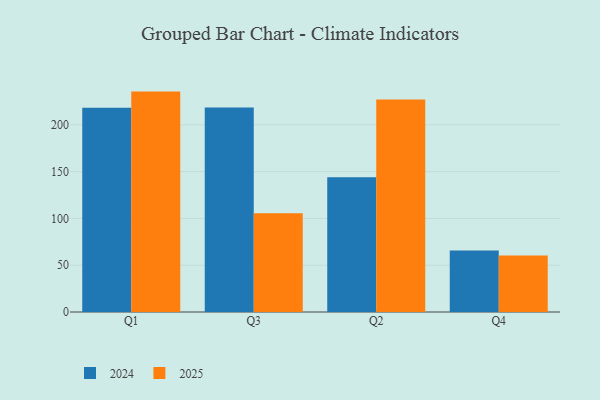
{"axis": {"x": "Quarter", "y": "Energy Usage (MWh)"}, "legend": ["2024", "2025"], "data": [{"x": "Q1", "y": 235.5, "type": "2025"}, {"x": "Q1", "y": 218.3, "type": "2024"}, {"x": "Q3", "y": 105.6, "type": "2025"}, {"x": "Q3", "y": 218.4, "type": "2024"}, {"x": "Q2", "y": 227.0, "type": "2025"}, {"x": "Q2", "y": 143.9, "type": "2024"}, {"x": "Q4", "y": 60.3, "type": "2025"}, {"x": "Q4", "y": 65.8, "type": "2024"}]}